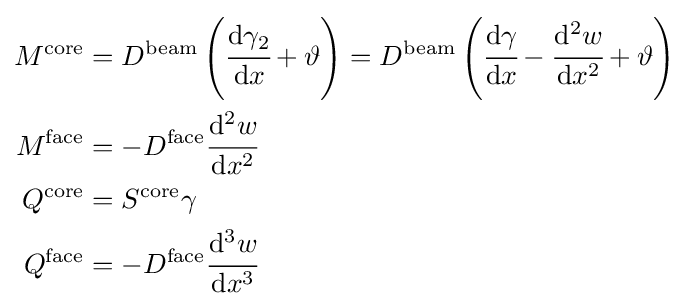
{\begin{aligned}M^{\mathrm {core} }&=D^{\mathrm {beam} }\left({\cfrac {\mathrm {d} \gamma _{2}}{\mathrm {d} x}}+\vartheta \right)=D^{\mathrm {beam} }\left({\cfrac {\mathrm {d} \gamma }{\mathrm {d} x}}-{\cfrac {\mathrm {d} ^{2}w}{\mathrm {d} x^{2}}}+\vartheta \right)\\M^{\mathrm {face} }&=-D^{\mathrm {face} }{\cfrac {\mathrm {d} ^{2}w}{\mathrm {d} x^{2}}}\\Q^{\mathrm {core} }&=S^{\mathrm {core} }\gamma \\Q^{\mathrm {face} }&=-D^{\mathrm {face} }{\cfrac {\mathrm {d} ^{3}w}{\mathrm {d} x^{3}}}\end{aligned}}